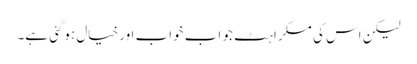
لیکن اس کی مسکراہٹ جو اب خواب اور خیال ہوگئی ہے۔